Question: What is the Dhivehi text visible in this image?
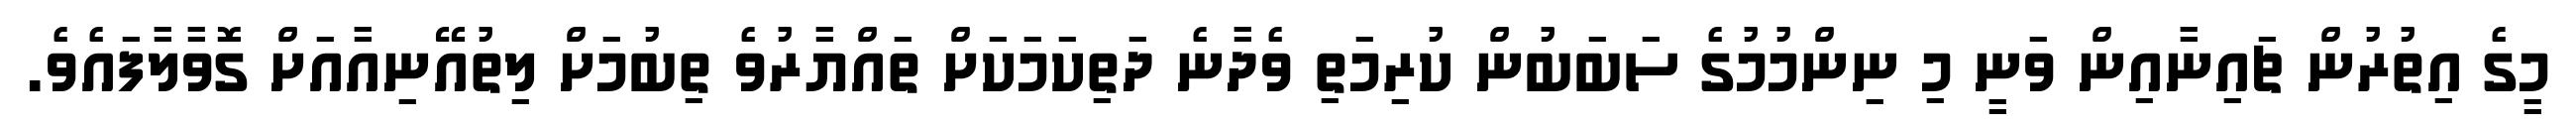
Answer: މީގެ އިތުރުން ޗައިނާއިން ވަނީ މި ނިންމުމުގެ ސަބަބުން ކުރިމަތި ވެދާނެ ދަތިކަމަކަށް ތައްޔާރުވެ ތިބުމަށް ލިތުއޭނިއާއަށް ގޮވާލާފައެވެ.